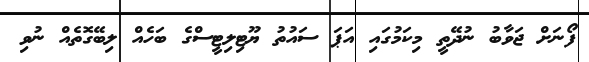
ފޯނަށް ޖަވާބު ނުދޭތީ މިކަމުގައި އަޕަ ސައުތު ޔޫޓިލިޓީސްގެ ބަހެއް ލިބޭގޮތެއް ނުވި